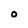
Character: O